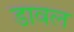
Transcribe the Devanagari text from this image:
डावल